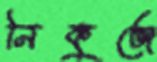
নিকুঞ্জে